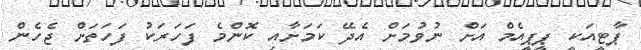
ޕާޓީއަކީ ޕީޕީއެމް އަށް ނުވުމަށް އެދޭ ކަމަށާއި ކޮންމެ ފަހަރަކު ފަހަތަށް ޖެހެން